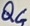
Text: Q4